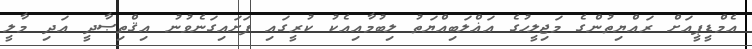
އެމްޑީޕީއަށް ރައްޔިތުންގެ މަޖިލީހުގެ އަޣްލަބިއްޔަތު ލިބުމާއިއެކު ކުރީގައި ފަށައިގަނެވުނު އިޤްތިޞާދީ އަދި މާލީ